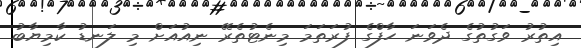
އިތުރު ވަގުތުގެ ދެވަނަ ހާފްގެ ފުރަތަމަ މިނެޓުތެރޭ ނިއުއަށް މި ލަނޑު ކާމިޔާބު